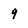
Character: 9